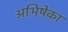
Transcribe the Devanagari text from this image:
अभिषेका